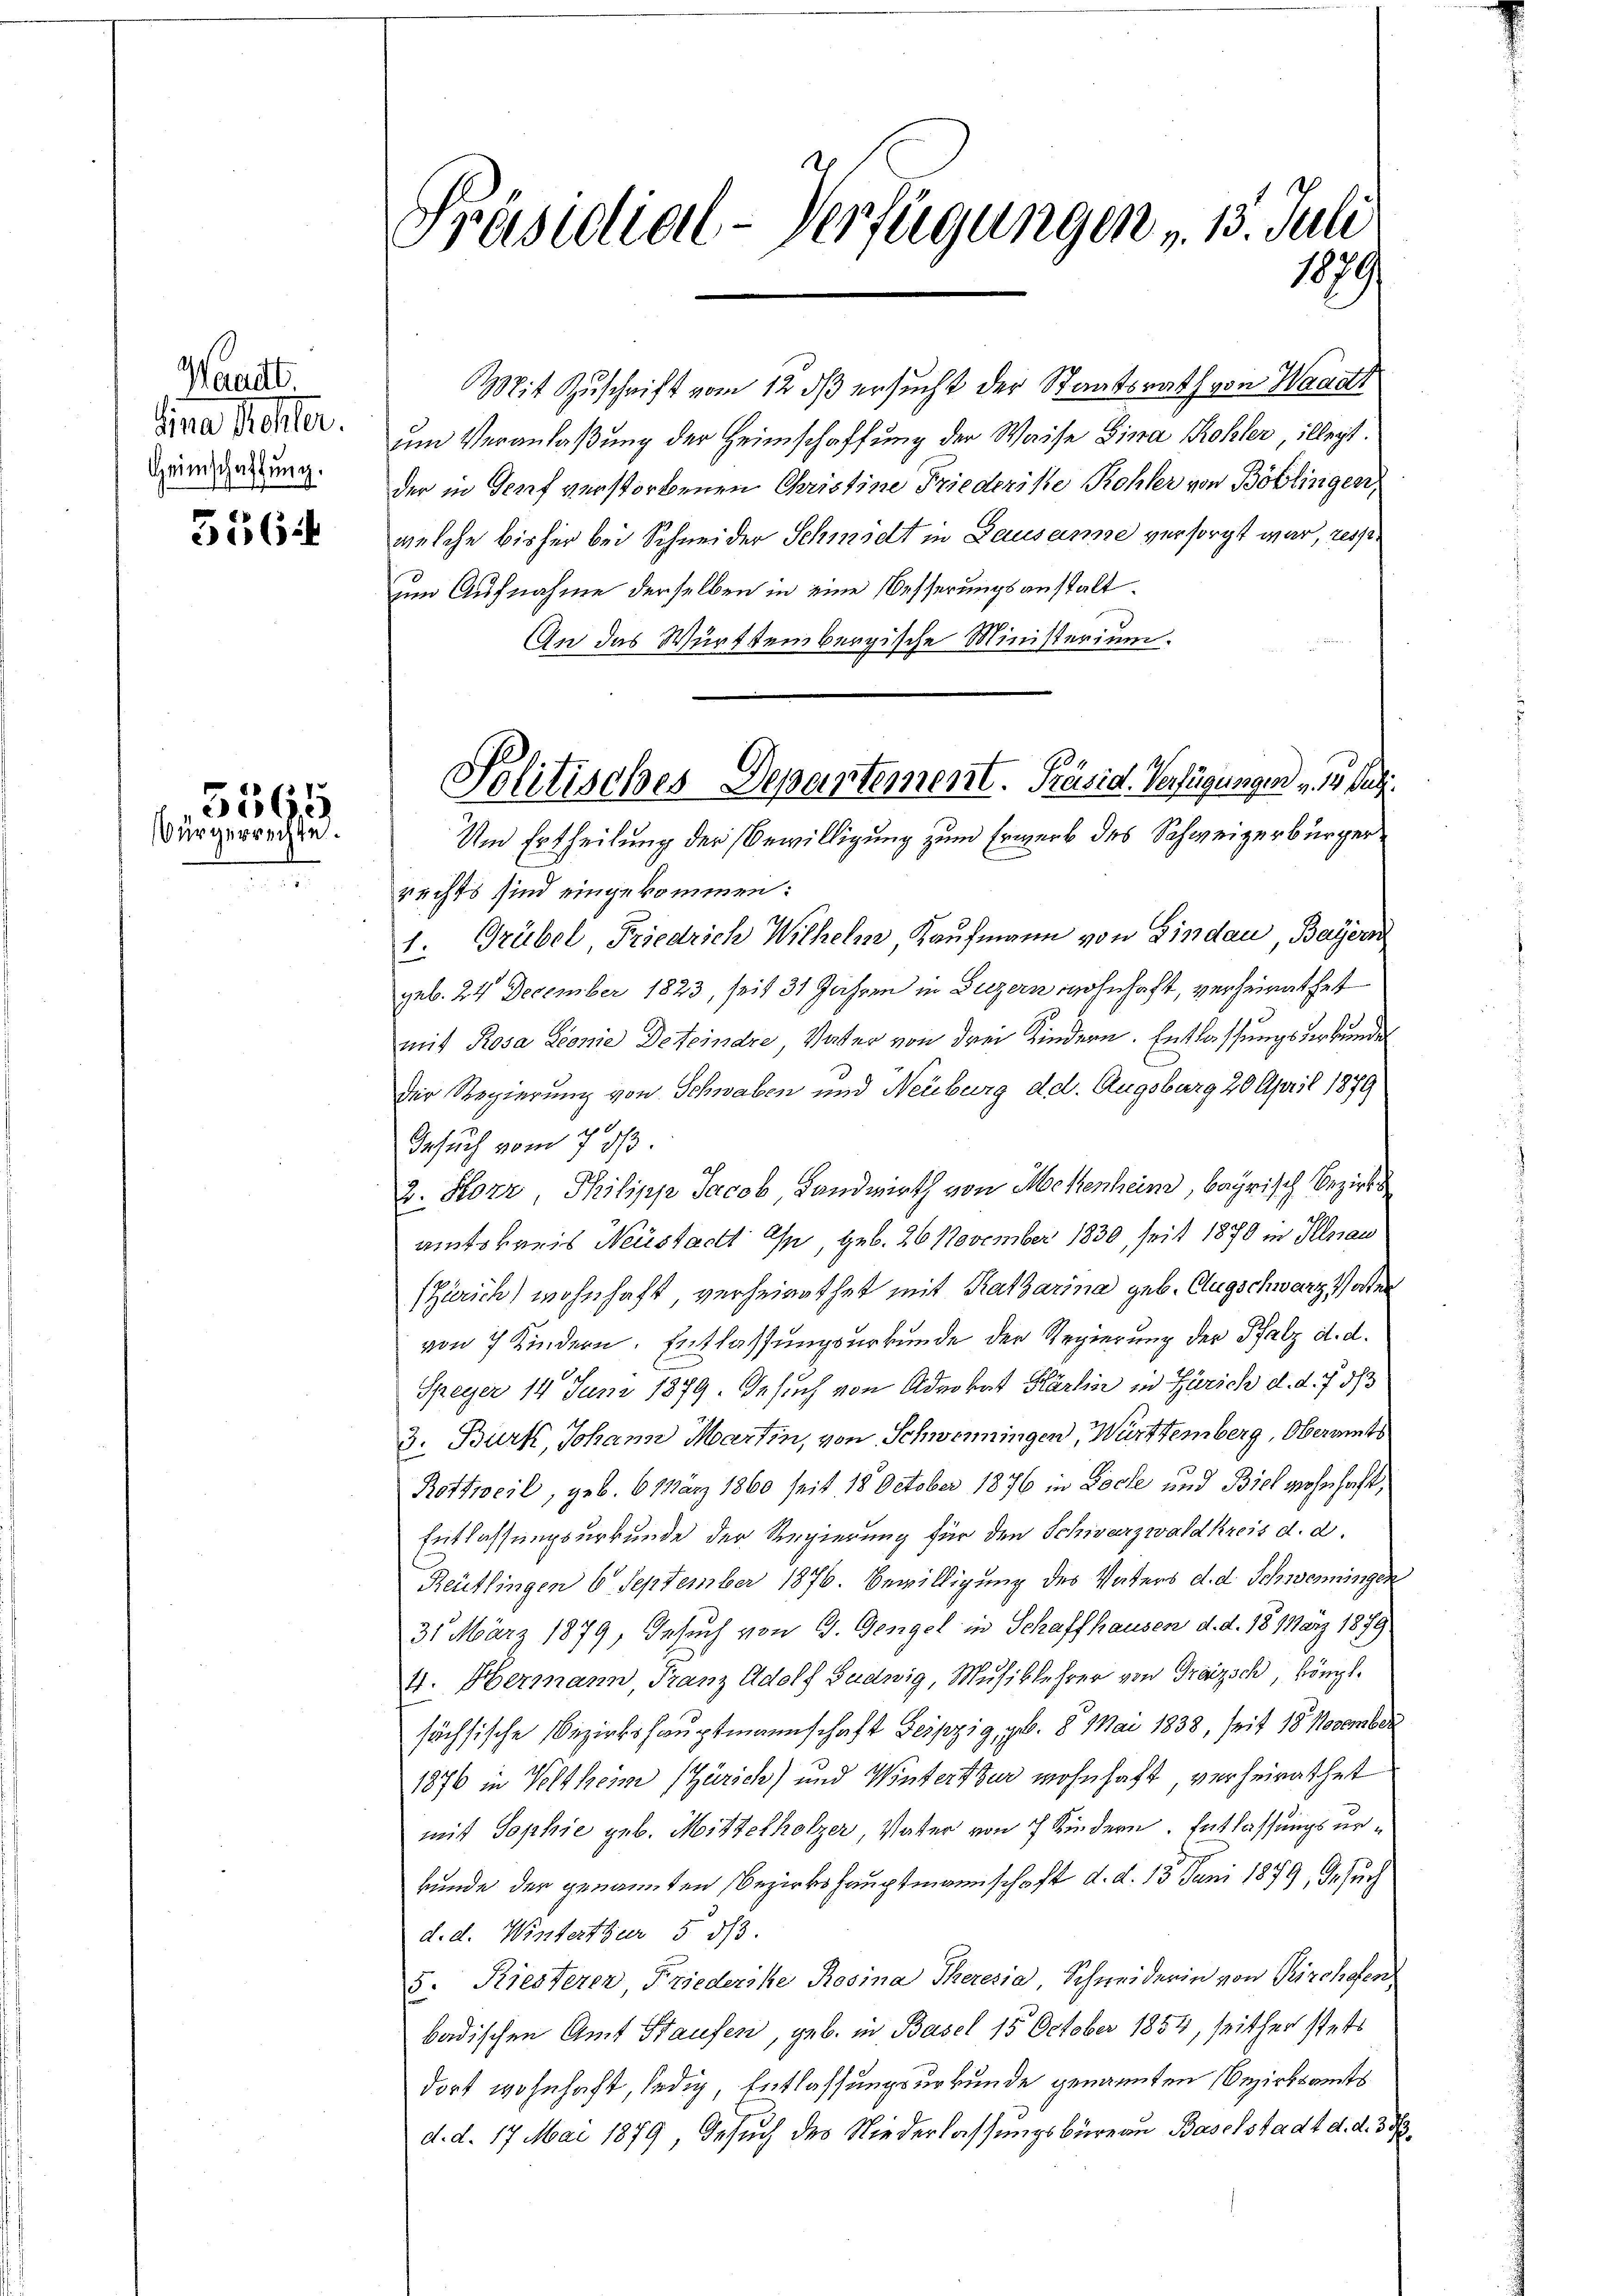
Waaitt.
dine Rester.
Heimschaffung.

556:

5565
Bürgerrechte.

Präsidial-Verfügungen v. 13. Juli
1879

Mit Zuschrift vom 12 ds ersucht der Staatsrath von Waadt
um Veranlaßung der Heimschaffung der Waise Fina Kohler, illegt.
der in Genf verstorbenen Christine Friederiste Rohler von Böblingen,
welche bisher bei Schneider Schmidt in Lausanne versorgt war, resp.
um Aufnahme derselben in eine besserungsanstalt
An das Württembergische Ministerium.
rechts sind eingekommen:
1. Grübel Friedrich Wilhelm Kaufmann von Lindau, Bayern
geb. 24 December 1823, seit 31 Jahren in Luzern wohnhaft, verheirathet
mit Rosa Leonie Deteindre, Vater von drei Kindern. Entlassungsurkunde
Der Regierung von Schwaben und Neuburg d d. Augsburg 20 April 1879
Gesuch vom 7. d.
2. Korr, Philipp Jacob Landwirth von Mekenheim, bayrisch Bezirks
amtskaris Neustacht an, geb. 26 November 1830, seit 1870 in Illnau
(Zürich) wohnhaft verheirathet mit Ratharina geb. Clugschwarz oder
von 7 Kindern. Entlassungsurkunde der Regierung der Pfalz d. d.
Speyer 14 Juni 1879. Gesuch von Advokat Härlin in Zürich d. d. 7. 573
3. Burk, Johann Martin, von Schweiningen, Württemberg, Oberamts
Rothweil, geb. 6. März 1860 seit 18 October 1876 in Loche und Biel wohnhaft,
Entlassungsurkunde der Regierung für den Schwarzwaldkreis d. d.
Reutlingen 6 September 1876. Bewilligung des Vaters d. d. Schweiningen
31 März 1879, Gesuch von G. Gengel in Schaffhausen d. d. 15. März 1879.
4. Hermann Franz Adolf Sudwig, Musiklehrer von Trazsch, köngl.
sächsische Bezirkshauptmannschaft Leipzig, geb. 8. Mai 1838, seit 18 November
1876 in Veltheim (Zürich) und Winterthur wohnhaft, verheirathet
mit Sophie geb. Mittelholzer, Vater von 7 Kindern. Entlassungsurkunde der genannten Bezirkshauptmannschaft d. d. 15. Juni 1899, Gesuch
d. d. Winterthur 5 1/3.
5. Riesterer Friederike Rosina Theresia, Schneiderin von Kirchofen
badischen Amt Staufen, geb. in Basel 15 October 1854, seither stets
dort wohnhaft, ledig Entlassungsurkunde genannten Bezirksamts
d. d. 17 Mai 1879, Gesuch des Niederlassungsbüreau Baselstadt d. d. 3

Politisches Departement. Präsid. Verfügungen v. 14. Juli.
Un Ertheilung der Bewilligung zum Erwerb des Schweizerbürger¬